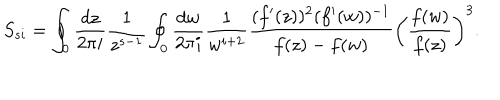
LaTeX: S _ { s i } = \oint _ { 0 } { \frac { d z } { 2 \pi i } } { \frac { 1 } { z ^ { s - 1 } } } \oint _ { 0 } { \frac { d w } { 2 \pi i } } { \frac { 1 } { w ^ { i + 2 } } } { \frac { ( f ^ { \prime } ( z ) ) ^ { 2 } ( f ^ { \prime } ( w ) ) ^ { - 1 } } { f ( z ) - f ( w ) } } \biggl ( { \frac { f ( w ) } { f ( z ) } } \biggr ) ^ { 3 } .